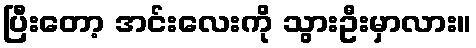
ပြီးတော့ အင်းလေးကို သွားဦးမှာလား။